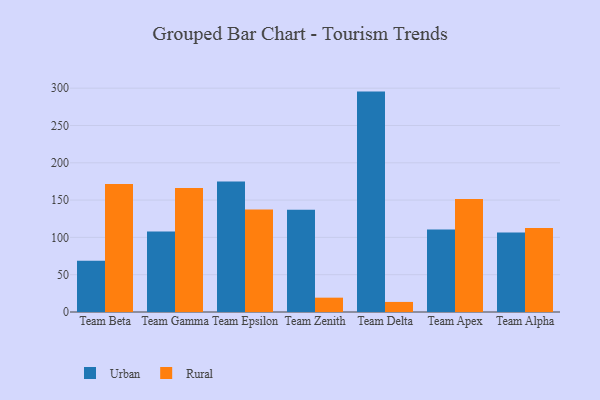
{"axis": {"x": "Team", "y": "Operating Costs (USD K)"}, "legend": ["Rural", "Urban"], "data": [{"x": "Team Beta", "y": 68.7, "type": "Urban"}, {"x": "Team Beta", "y": 171.4, "type": "Rural"}, {"x": "Team Gamma", "y": 107.9, "type": "Urban"}, {"x": "Team Gamma", "y": 166.2, "type": "Rural"}, {"x": "Team Epsilon", "y": 175.0, "type": "Urban"}, {"x": "Team Epsilon", "y": 137.5, "type": "Rural"}, {"x": "Team Zenith", "y": 137.2, "type": "Urban"}, {"x": "Team Zenith", "y": 19.2, "type": "Rural"}, {"x": "Team Delta", "y": 295.4, "type": "Urban"}, {"x": "Team Delta", "y": 13.5, "type": "Rural"}, {"x": "Team Apex", "y": 110.7, "type": "Urban"}, {"x": "Team Apex", "y": 151.3, "type": "Rural"}, {"x": "Team Alpha", "y": 106.6, "type": "Urban"}, {"x": "Team Alpha", "y": 112.5, "type": "Rural"}]}